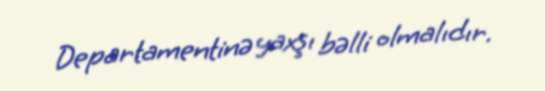
Departamentinə yaxşı bəlli olmalıdır.